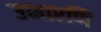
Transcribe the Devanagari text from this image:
उभारणि